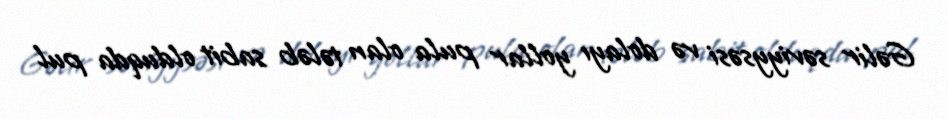
Gəlir səviyysəsi və dolayı yollar pula olan tələb sabit olduqda pul